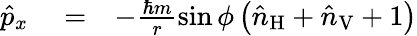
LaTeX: \begin{array}{rlr}{\hat{p}_{x}}&{{}=}&{-\frac{\hbar m}{r}\sin\phi\left(\hat{n}_{\mathrm{H}}+\hat{n}_{\mathrm{V}}+1\right)}\end{array}